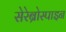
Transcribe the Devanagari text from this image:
सेरेब्रोस्पाइन